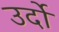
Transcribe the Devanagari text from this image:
उर्दो